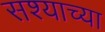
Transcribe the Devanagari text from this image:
सश्याच्या